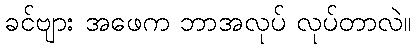
ခင်ဗျား အဖေက ဘာအလုပ် လုပ်တာလဲ။